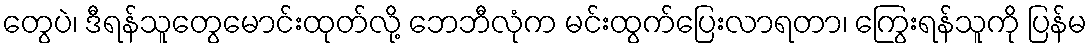
တွေပဲ၊ ဒီရန်သူတွေမောင်းထုတ်လို့ ဘေဘီလုံက မင်းထွက်ပြေးလာရတာ၊ ကြွေးရန်သူကို ပြန်မ